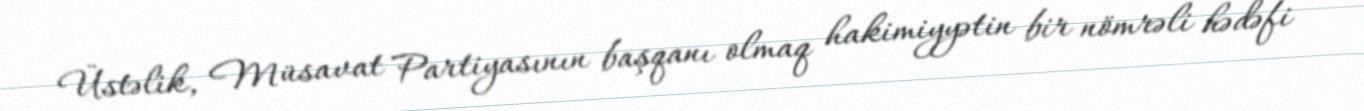
Üstəlik, Müsavat Partiyasının başqanı olmaq hakimiyyətin bir nömrəli hədəfi